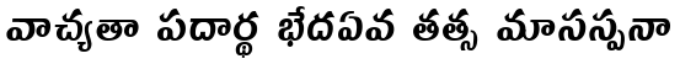
వాచ్యతా పదార్థ భేదఏవ తత్స మాసస్పనా